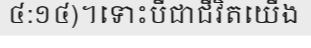
៤:១៤)។ទោះបីជាជីវិតយើង